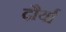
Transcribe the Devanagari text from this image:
दौर्या